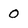
Character: 0